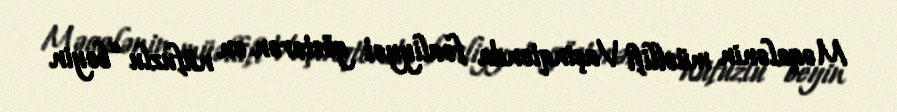
Məqalənin müəllifi Vaşinqtonda fəaliyyət göstərən ən nüfuzlu “beyin